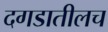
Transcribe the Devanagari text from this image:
दगडातीलच